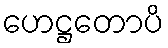
ဟေဋ္ဌတောပိ